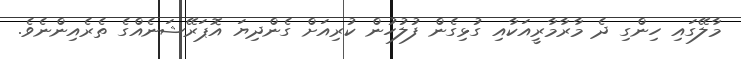
މާލޭގައި ހިންގި ދެ މާރާމާރީއަކާއި ގުޅިގެން ފުލުހުން ކުރިއަށް ގެންދިޔަ އޮޕަރޭޝަނެއްގެ ތެރެއިންނެވެ.